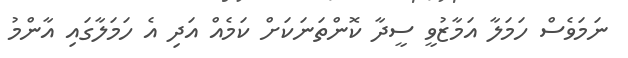
ނަމަވެސް ހަމަލާ އަމާޒުވީ ސީދާ ކޮންތަނަކަށް ކަމެއް އަދި އެ ހަމަލާގައި އާންމު